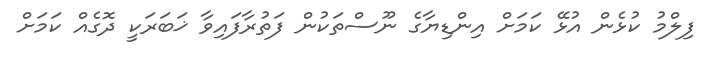
ފިލްމު ކުޅެން އުޅޭ ކަމަށް އިންޑިޔާގެ ނޫސްތަކުން ފަތުރާފައިވާ ޚަބަރަކީ ދޮގެއް ކަމަށް